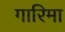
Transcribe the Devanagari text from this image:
गारिमा